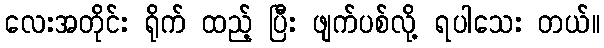
လေးအတိုင်း ရိုက် ထည့် ပြီး ဖျက်ပစ်လို့ ရပါသေး တယ်။